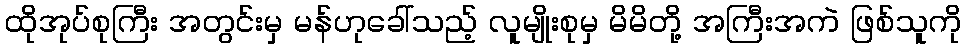
ထိုအုပ်စုကြီး အတွင်းမှ မန်ဟုခေါ်သည့် လူမျိုးစုမှ မိမိတို့ အကြီးအကဲ ဖြစ်သူကို